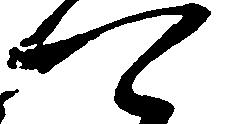
可